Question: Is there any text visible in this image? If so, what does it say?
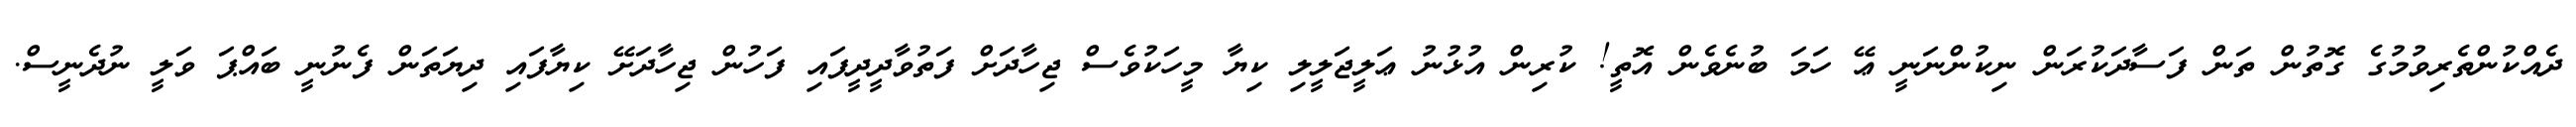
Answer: ދެއްކުންތެރިވުމުގެ ގޮތުން ތަން ފަސާދަކުރަން ނިކުންނަނީ ޢޭ ހަމަ ބުނެވެން އޮތީ! ކުރިން އުޅުނު ޢަލީޖަލީލި ކިޔާ މީހަކުވެސް ޖިހާދަށް ފަތުވާދީދީފައި ފަހުން ޖިހާދަށޭ ކިޔާފައި ދިޔަތަން ފެނުނީ ބައްޕަ ވަލީ ނުދެނީސް.